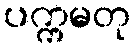
ပက္ကမတု